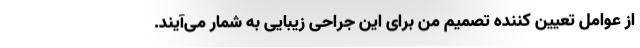
از عوامل تعیین کننده تصمیم من برای این جراحی زیبایی به شمار می‌آیند.